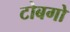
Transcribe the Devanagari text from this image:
टोबगो